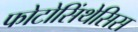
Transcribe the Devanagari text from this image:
फोटोसिंथेसिस